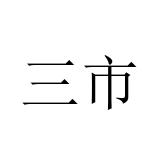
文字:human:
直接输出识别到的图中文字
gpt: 三市